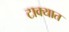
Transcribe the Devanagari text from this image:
टाक्‍यात